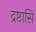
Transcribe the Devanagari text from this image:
द्रष्टासि